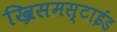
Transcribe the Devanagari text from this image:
ख्रिसमस्टाईड